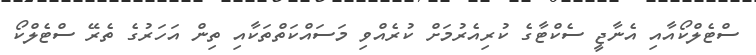
ސްޓެލްކޯއާއި އެނާޖީ ސެކްޓާގެ ކުރިއެރުމަށް ކުރެއްވި މަސައްކަތްތަކާއި ތިން އަހަރުގެ ތެރޭ ސްޓެލްކޯ